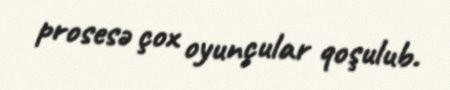
prosesə çox oyunçular qoşulub.